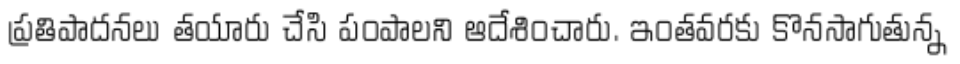
ప్రతిపాదనలు తయారు చేసి పంపాలని ఆదేశించారు. ఇంతవరకు కొనసాగుతున్న